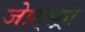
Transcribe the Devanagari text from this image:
जेफ़्फ़्री